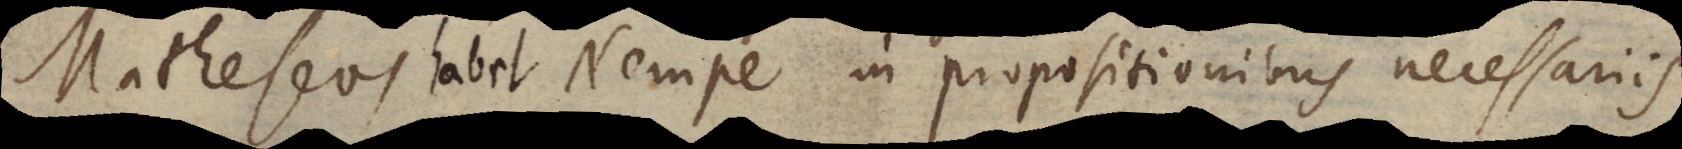
Matheseos habet. Nempe in propositionibus necessariis